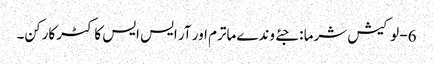
6- لوکیش شرما : جئے وندے ماترم اور آر ایس ایس کا کٹر کارکن۔